Civil Veterinary Dept. Bombay admin report 1914-1922 - 1914-1922
Year: 1914
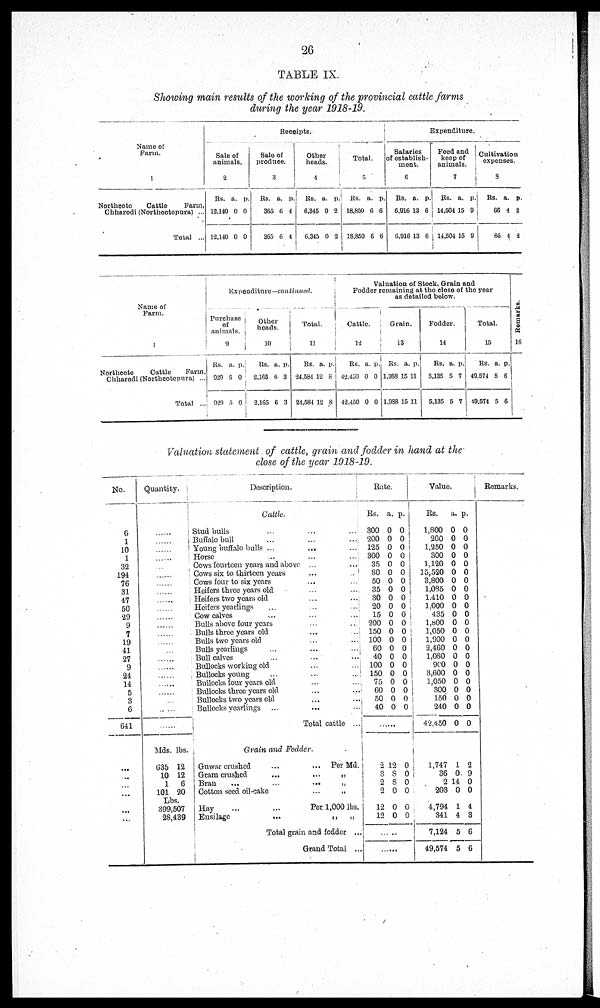
26
TABLE IX.
Showing main results of the working of the provincial cattle farms
during the year 1918-19.
Name of
Farm.
1
Northcote
Cattle
Farm,
Chharodi (Northcotepura) ...
Total ...
Receipts.
Sale of
ani mal s.
2
Rs.
12,140
12,140
a.
0
0
p.
0
0
Sale of
produce.
3
Rs.
365
365
a.
6
6
p.
4
4
Other
heads.
4
Rs.
6,345
6,345
a.
0
0
p.
2
2
Total.
5
Rs.
18,850
18,850
a.
6
6
p.
6
6
Expenditure.
Salaries
of establish-
ment.
6
Rs.
6,916
6,916
a.
13
13
p.
6
6
Feed and
keep of
animals.
7
Rs.
14,504
14,504
a.
15
15
p.
9
9
Cultivation
expenses.
8
Rs.
66
66
a.
4
4
p.
2
2
Name of
Farm.
1
Northcote
Cattle
Farm,
Chharodi (Northcotepura) ...
Total ...
Expenditure—continued.
Purchase
of
animals.
9
Rs.
929
929
a.
5
5
p.
0
0
Other
heads.
10
Rs.
2,165
2,165
a.
6
6
p.
3
3
Total.
11
Rs.
24,584
24,584
a.
12
12
p.
8
8
Valution of Stock, Grain and
Fodder remaining at the close of the year
as detailed below.
Cattle.
12
Rs.
42,450
42,450
a.
0
0
p.
0
0
Grain.
13
Rs.
1,988
1,988
a.
15
15
p.
11
11
Fodder.
14
Rs,
5,135
5,135
a.
5
5
p.
7
7
Total.
15
Rs.
49,574
49,574
a.
5
5
p.
6
6
Remarks.
16
Valuation statement of cattle, grain and fodder in hand at the-
close of the year 1918-19,
No.
6
1
10
1
32
194
76
31
47
50
29
9
7
19
41
27
9
24
14
5
3
6
641
...
...
...
...
...
...
Quantity.
......
......
......
......
......
......
......
......
......
......
......
......
......
......
......
......
......
......
......
......
......
......
Mds.
635
10
1
101
lbs.
12
12
6
20
Lbs.
399,507
28,439
Description.
Cattle.
Stud bulls ... ... ...
Buffalo bull ... ... ...
Young buffalo bulls ... ... ...
Horse
...
...
...
Cows fourteen years and above ... ...
Cows six to thirteen years
... ...
Cows four to six years ... ...
Heifers three years old ... ...
Heifers two years old
... ...
Heifers yearlings
...
...
...
Cow calves ... ...
Bulls above four years ... ...
Bulls three years old ... ...
Bulls two years old ... ...
Bulls yearlings
...
...
....
Bull calves ... ... ...
Bullocks working old
...
...
Bullocks young
...
...
...
Bullocks four years old ... ...
Bullocks three years old ... ...
Bullocks two years old ... ...
Bullocks yearlings ... ... ...
Total cattle ...
Grain and Fodder.
Guwar crushed
...
... Per Md.
Gram crushed
...
... „
Bran
...
...
... „
Cotton seed oil-cake
... „
Hay
...
...
Per 1,000 lbs.
Ensilage
... „ „
Total grain and fodder ...
Grand Total ...
Rate.
Rs.
300
200
125
300
35
80
50
35
30
20
15
200
150
100
60
40
100
150
75
60
50
40
a.
0
0
0
0
0
0
0
0
0
0
0
0
0
0
0
0
0
0
0
0
0
0
p.
0
0
0
0
0
0
0
0
0
0
0
0
0
0
0
0
0
0
0
0
0
0
......
2
3
2
2
12
12
12
8
8
0
0
0
0
0
0
0
0
0
......
......
Value.
Rs.
1,800
200
1,250
300
1,120
15,520
3,800
1,035
1,410
1,000
435
1,800
1,050
1,900
2,460
1,080
900
3,600
1,050
300
150
240
42,450
1,747
36
2
203
4,794
341
7,124
49,574
a.
0
0
0
0
0
0
0
0
0
0
0
0
0
0
0
0
0
0
0
0
0
0
0
1
0
14
0
1
4
5
5
p.
0
0
0
0
0
0
0
0
0
0
0
0
0
0
0
0
0
0
0
0
0
0
0
2
9
0
0
4
3
6
6
Remarks.